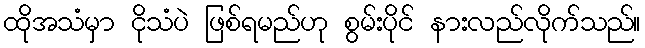
ထိုအသံမှာ ငိုသံပဲ ဖြစ်ရမည်ဟု စွမ်းပိုင် နားလည်လိုက်သည်။